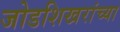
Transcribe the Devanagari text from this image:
जोडशिखरांच्या